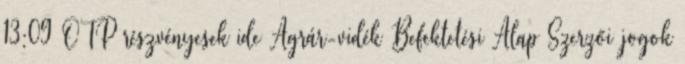
13:09 OTP részvényesek ide Agrár-vidék Befektetési Alap Szerzői jogok